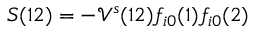
S ( 1 2 ) = - \mathcal { V } ^ { s } ( 1 2 ) f _ { i 0 } ( 1 ) f _ { i 0 } ( 2 )